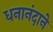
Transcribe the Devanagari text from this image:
धनानंदाने